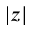
| z |